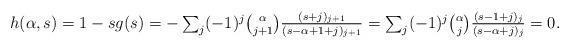
LaTeX: \begin{align*}\textstyle h(\alpha,s) = 1 - sg(s) & \textstyle = - \sum_{j} (-1)^j {\alpha \choose j+1} \frac{ (s+j)_{j+1}}{(s-\alpha+1+j)_{j+1}} = \sum_{j} (-1)^j {\alpha \choose j} \frac{ (s-1+j)_{j}}{(s-\alpha+j)_{j}} = 0.\end{align*}